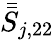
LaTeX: \bar{\bar{S}}_{j,22}